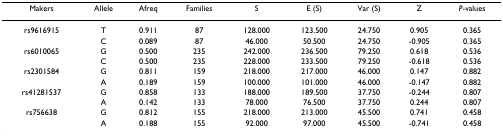
<table><thead><tr><td><b>Makers</b></td><td><b>Allele</b></td><td><b>Afreq</b></td><td><b>Families</b></td><td><b>S</b></td><td><b>E (S)</b></td><td><b>Var (S)</b></td><td><b>Z</b></td><td><b><i>P</i>-values</b></td></tr></thead><tbody><tr><td>rs9616915</td><td>T</td><td>0.911</td><td>87</td><td>128.000</td><td>123.500</td><td>24.750</td><td>0.905</td><td>0.365</td></tr><tr><td></td><td>C</td><td>0.089</td><td>87</td><td>46.000</td><td>50.500</td><td>24.750</td><td>-0.905</td><td>0.365</td></tr><tr><td>rs6010065</td><td>G</td><td>0.500</td><td>235</td><td>242.000</td><td>236.500</td><td>79.250</td><td>0.618</td><td>0.536</td></tr><tr><td></td><td>C</td><td>0.500</td><td>235</td><td>228.000</td><td>233.500</td><td>79.250</td><td>-0.618</td><td>0.536</td></tr><tr><td>rs2301584</td><td>G</td><td>0.811</td><td>159</td><td>218.000</td><td>217.000</td><td>46.000</td><td>0.147</td><td>0.882</td></tr><tr><td></td><td>A</td><td>0.189</td><td>159</td><td>100.000</td><td>101.000</td><td>46.000</td><td>-0.147</td><td>0.882</td></tr><tr><td>rs41281537</td><td>G</td><td>0.858</td><td>133</td><td>188.000</td><td>189.500</td><td>37.750</td><td>-0.244</td><td>0.807</td></tr><tr><td></td><td>A</td><td>0.142</td><td>133</td><td>78.000</td><td>76.500</td><td>37.750</td><td>0.244</td><td>0.807</td></tr><tr><td>rs756638</td><td>G</td><td>0.812</td><td>155</td><td>218.000</td><td>213.000</td><td>45.500</td><td>0.741</td><td>0.458</td></tr><tr><td></td><td>A</td><td>0.188</td><td>155</td><td>92.000</td><td>97.000</td><td>45.500</td><td>-0.741</td><td>0.458</td></tr></tbody></table>